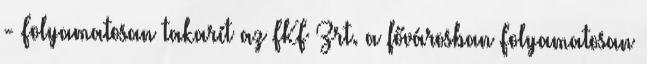
- Folyamatosan takarít az FKF Zrt. a fővárosban Folyamatosan